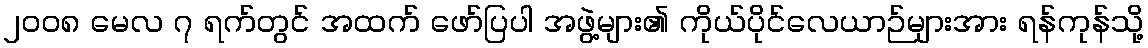
၂၀၀၈ မေလ ၇ ရက်တွင် အထက် ဖော်ပြပါ အဖွဲ့များ၏ ကိုယ်ပိုင်လေယာဉ်များအား ရန်ကုန်သို့